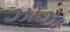
ઝોઝા